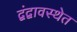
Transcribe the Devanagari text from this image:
द्वंद्वावस्थेत